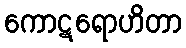
ကောဋရောဟိတာ